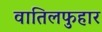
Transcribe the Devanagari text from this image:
वातिलफुहार